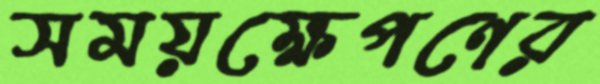
সময়ক্ষেপণের